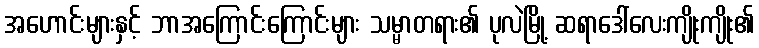
အဟောင်းများနှင့် ဘာအကြောင်းကြောင်းများ သမ္မာတရား၏ ပုလဲမြို့ ဆရာဒေါ်လေးကျိုးကျိုး၏